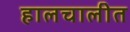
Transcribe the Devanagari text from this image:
हालचालीत